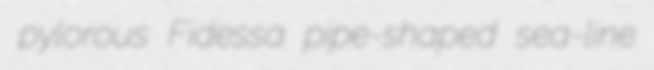
pylorous Fidessa pipe-shaped sea-line